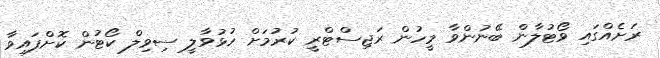
ރަށެއްގައި ވޯޓުލާން ބޭނުންވާ މީހުން ރަޖިސްޓްރީ ކުރުމަށް ހުޅުވާލީ ސިވިލް ކޯޓުން ކޮށްފައިވާ